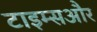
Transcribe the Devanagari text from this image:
टाइम्सऔर